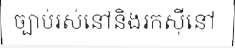
ច្បាប់រស់នៅនិងរកស៊ីនៅ